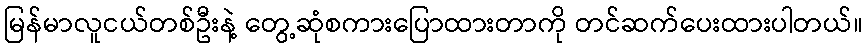
မြန်မာလူငယ်တစ်ဦးနဲ့ တွေ့ဆုံစကားပြောထားတာကို တင်ဆက်ပေးထားပါတယ်။